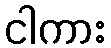
ငါကား